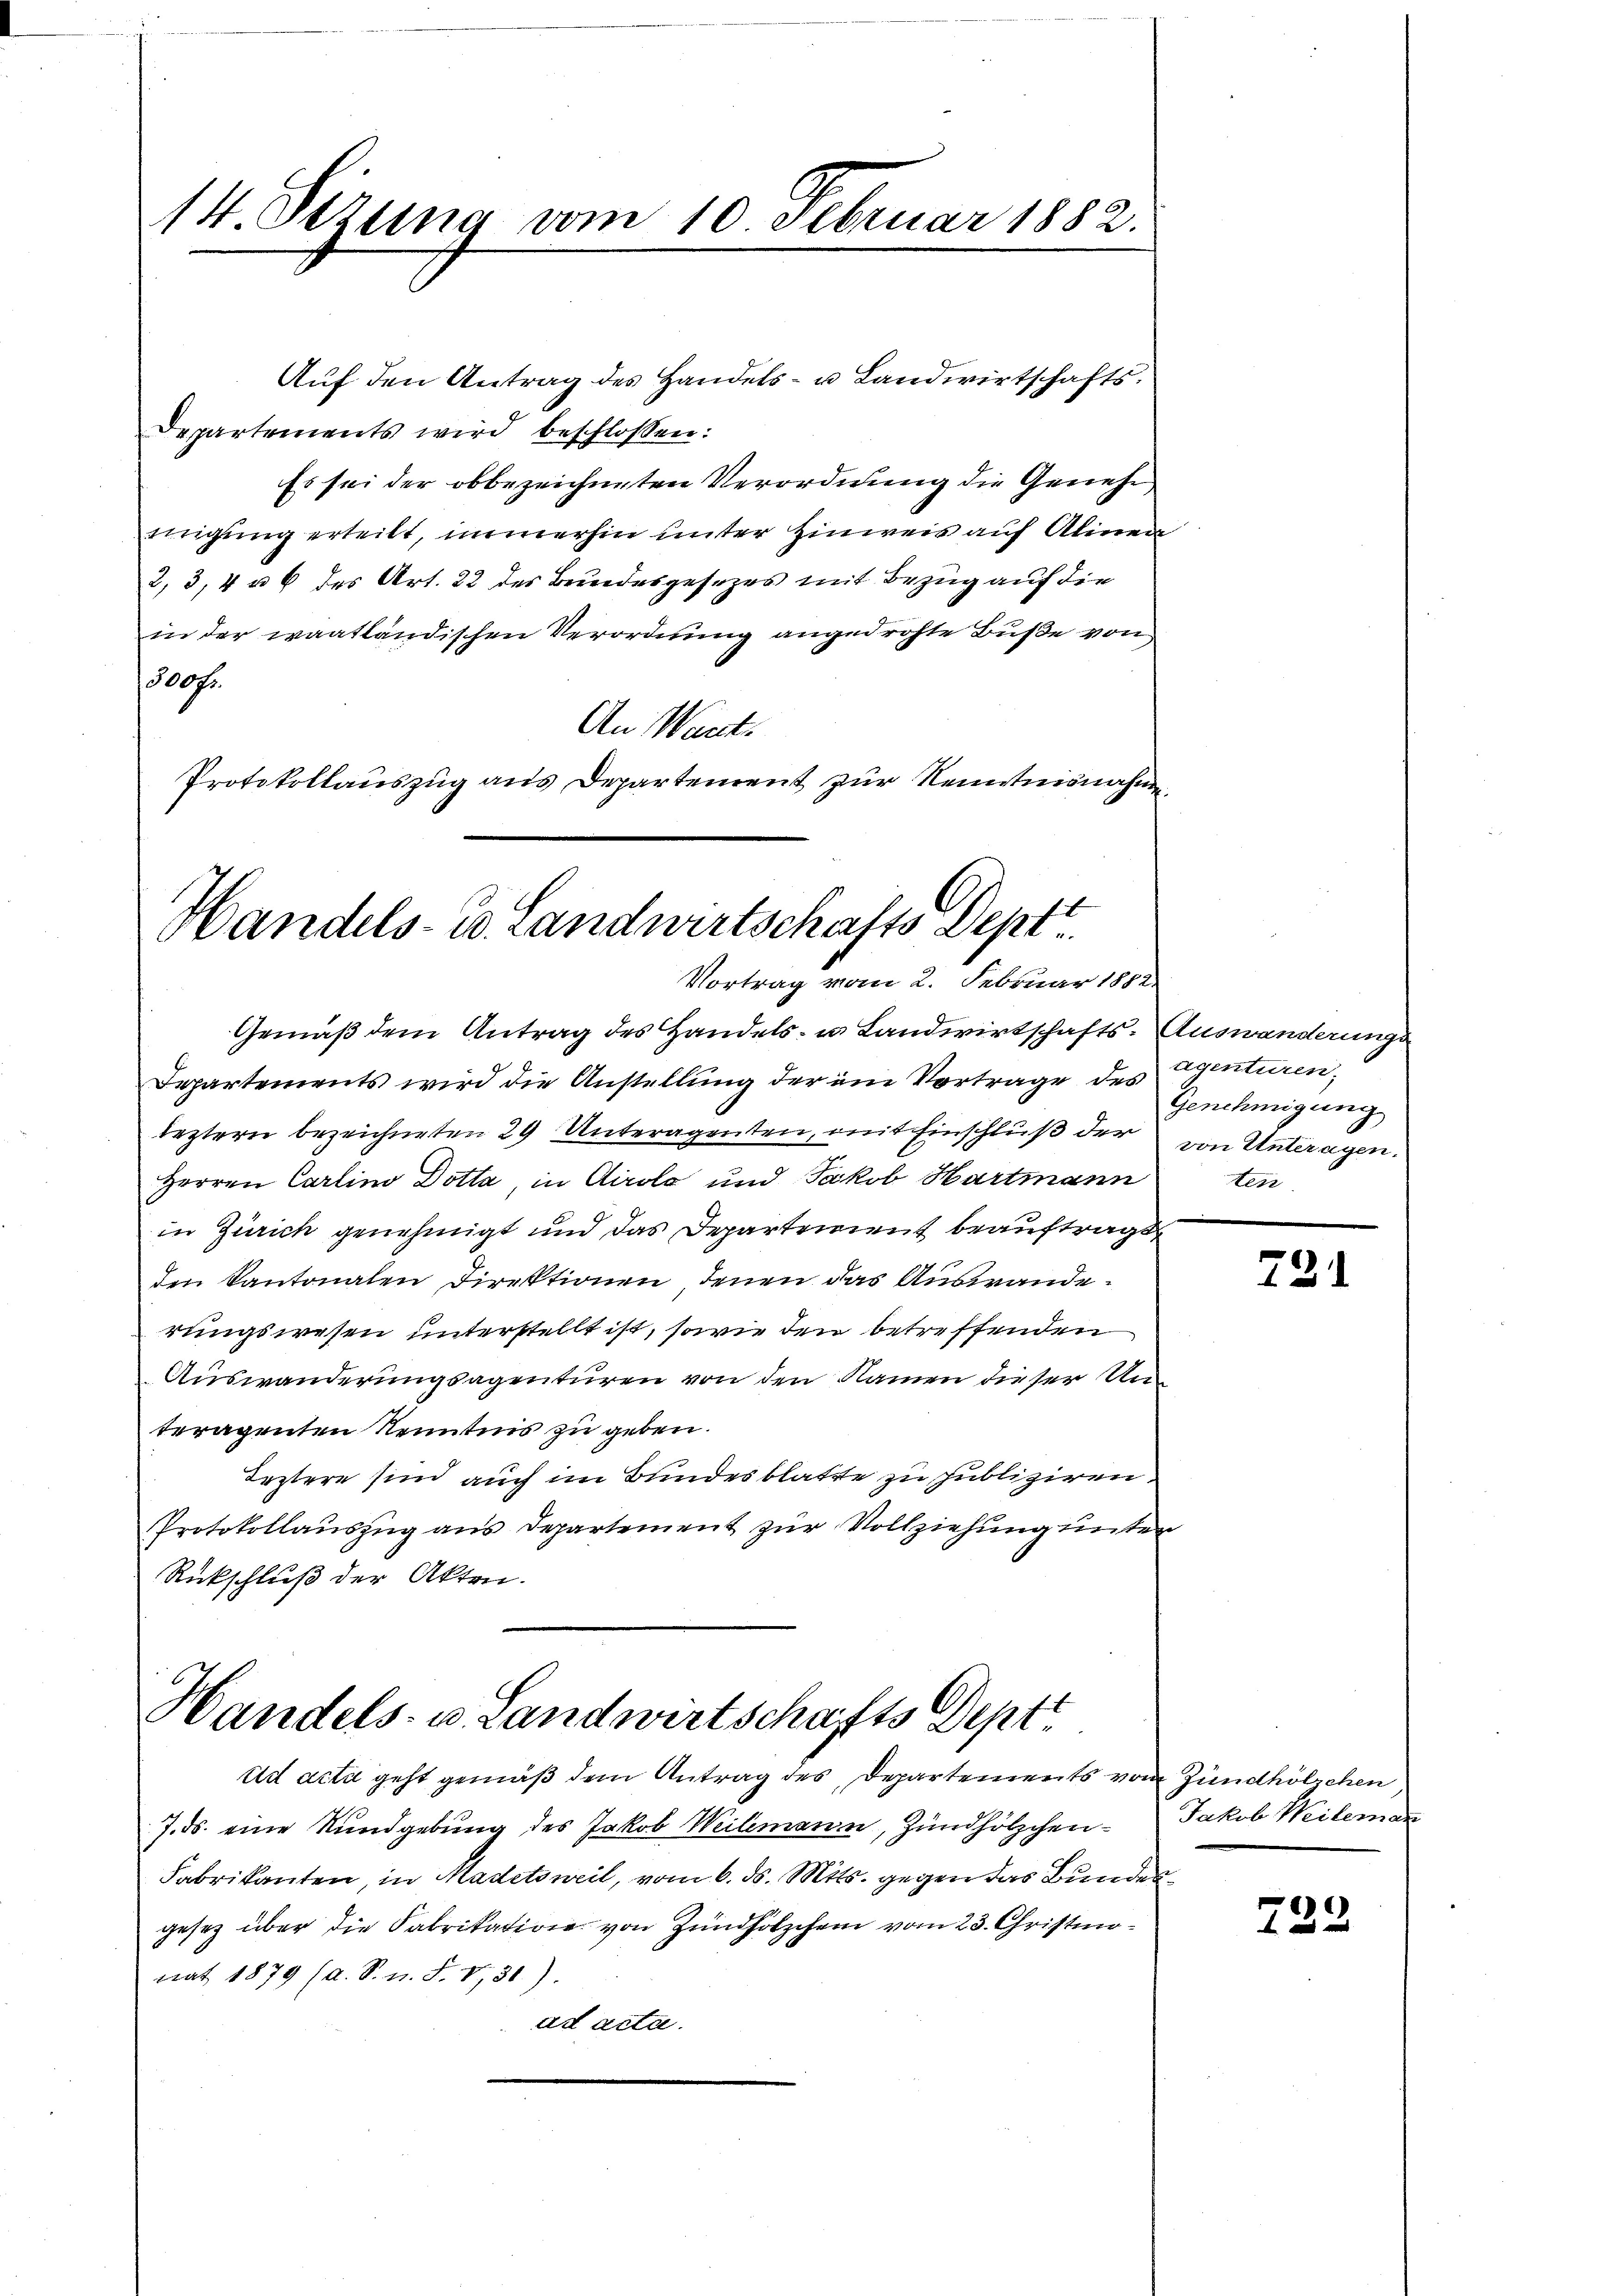
14. Sizung vom 10. Februar 1882.

Departements wird beschlossen:
Es sei der obbezeichneten Verordnung die Genehmigung erteilt, immerhin unter Hinweis auf Alinen
2, 3, 4 u 6 des Art. 22 des Brundesgesezes mit Bezug auf die
in der waatländischen Verordnung angedrohte Buße von
1500fr.
An Wart.
Protokollauszug aus Departement zur Kenntnisnahme.

Auf den Antrag des Handels- u Landwirtschafts¬

Handels- u. Landwirtschafts Dept
Vortrag vom 2. Februar 1882

Departements wird die Anstellung der im Vortrage des Agenturen,
leztern bezeichneten 29 Unteragenten, mit Einschluß der von Unteragen.
Herren Carlino Dotta, in Airolo und Jakob Hartmann ten
in Zürich genehmigt und das Departement beauftragt
den Kantonalen Direktionen Jenen das Auswande.
rungswesen unterstellt ist, sowie den betreffenden
Auswanderungsagenturen von den Namen dieser Un
teragenten Kenntnis zu geben.
Leztere sind auch im Bundesblatte zu publiziren
Protokollauszug aus Departement zur Vollziehung unter
Rückschluß der Akten.

Gemäß dem Antrag des Handels- u. Landwirtschafts-Auswanderungs

Handels- u. Landwirtschafts Deptt
ad acta geht gemäß dem Antrag des Departements von Zündhölzchen

7. ds. eine Rundgebung des Jakob Weilemann, Zündhölzchen¬
Fabrikanten, in Madetsweil, vom 6. ds. Mts. gegen das Bunden
gesetz über die Fabrikation von Zündhölzchen vom 23. Christmonat 1879 (a. S. n. F. VI,31).
ad acta.

Genehmigung

721

Jakob Weileman

722